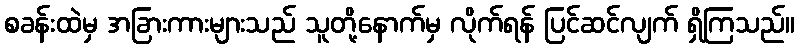
စခန်းထဲမှ အခြားကားများသည် သူတို့နောက်မှ လိုက်ရန် ပြင်ဆင်လျက် ရှိကြသည်။